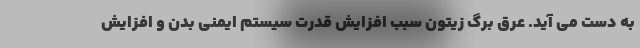
به دست می آید. عرق برگ زیتون سبب افزایش قدرت سیستم ایمنی بدن و افزایش